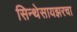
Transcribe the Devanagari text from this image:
सिन्थेसायझरचा